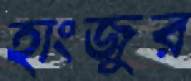
হাংজুর